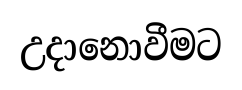
උදානොවීමට